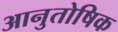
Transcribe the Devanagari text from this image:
आनुतोषिक